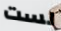
لست